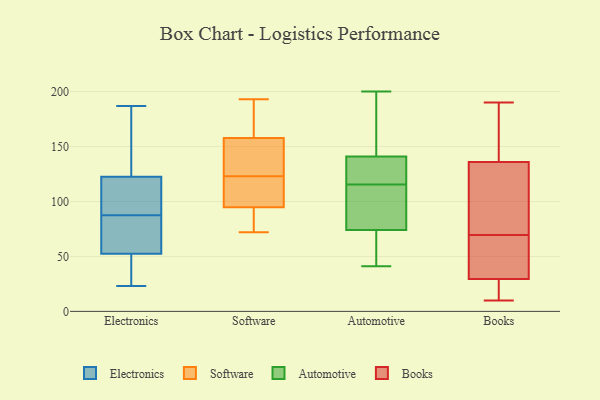
{"axis": {"x": "Latency (ms)", "y": "Value"}, "legend": ["Automotive", "Books", "Electronics", "Software"], "data": [{"x": "", "y": 35, "type": "Electronics"}, {"x": "", "y": 85, "type": "Electronics"}, {"x": "", "y": 90, "type": "Electronics"}, {"x": "", "y": 117, "type": "Electronics"}, {"x": "", "y": 128, "type": "Electronics"}, {"x": "", "y": 96, "type": "Electronics"}, {"x": "", "y": 104, "type": "Electronics"}, {"x": "", "y": 180, "type": "Electronics"}, {"x": "", "y": 45, "type": "Electronics"}, {"x": "", "y": 187, "type": "Electronics"}, {"x": "", "y": 64, "type": "Electronics"}, {"x": "", "y": 138, "type": "Electronics"}, {"x": "", "y": 54, "type": "Electronics"}, {"x": "", "y": 51, "type": "Electronics"}, {"x": "", "y": 23, "type": "Electronics"}, {"x": "", "y": 57, "type": "Electronics"}, {"x": "", "y": 193, "type": "Software"}, {"x": "", "y": 93, "type": "Software"}, {"x": "", "y": 100, "type": "Software"}, {"x": "", "y": 72, "type": "Software"}, {"x": "", "y": 133, "type": "Software"}, {"x": "", "y": 111, "type": "Software"}, {"x": "", "y": 82, "type": "Software"}, {"x": "", "y": 192, "type": "Software"}, {"x": "", "y": 166, "type": "Software"}, {"x": "", "y": 132, "type": "Software"}, {"x": "", "y": 123, "type": "Software"}, {"x": "", "y": 76, "type": "Automotive"}, {"x": "", "y": 113, "type": "Automotive"}, {"x": "", "y": 135, "type": "Automotive"}, {"x": "", "y": 138, "type": "Automotive"}, {"x": "", "y": 200, "type": "Automotive"}, {"x": "", "y": 144, "type": "Automotive"}, {"x": "", "y": 118, "type": "Automotive"}, {"x": "", "y": 155, "type": "Automotive"}, {"x": "", "y": 162, "type": "Automotive"}, {"x": "", "y": 41, "type": "Automotive"}, {"x": "", "y": 108, "type": "Automotive"}, {"x": "", "y": 105, "type": "Automotive"}, {"x": "", "y": 119, "type": "Automotive"}, {"x": "", "y": 55, "type": "Automotive"}, {"x": "", "y": 72, "type": "Automotive"}, {"x": "", "y": 67, "type": "Automotive"}, {"x": "", "y": 122, "type": "Books"}, {"x": "", "y": 74, "type": "Books"}, {"x": "", "y": 147, "type": "Books"}, {"x": "", "y": 41, "type": "Books"}, {"x": "", "y": 13, "type": "Books"}, {"x": "", "y": 142, "type": "Books"}, {"x": "", "y": 130, "type": "Books"}, {"x": "", "y": 29, "type": "Books"}, {"x": "", "y": 30, "type": "Books"}, {"x": "", "y": 190, "type": "Books"}, {"x": "", "y": 65, "type": "Books"}, {"x": "", "y": 10, "type": "Books"}]}